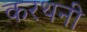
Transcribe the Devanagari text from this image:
करथनी